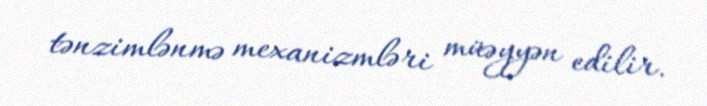
tənzimlənmə mexanizmləri müəyyən edilir.